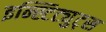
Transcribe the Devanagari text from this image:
इन्स्टिट्युट्स